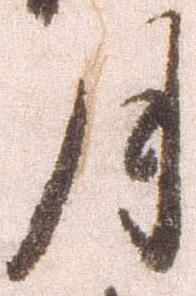
月